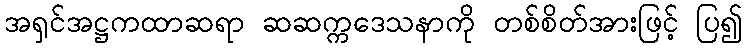
အရှင်အဋ္ဌကထာဆရာ ဆဆက္ကဒေသနာကို တစ်စိတ်အားဖြင့် ပြ၍